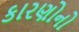
કારણોનો